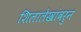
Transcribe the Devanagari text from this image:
शिलालेखांवरुन